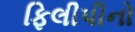
ફિલીપીનો